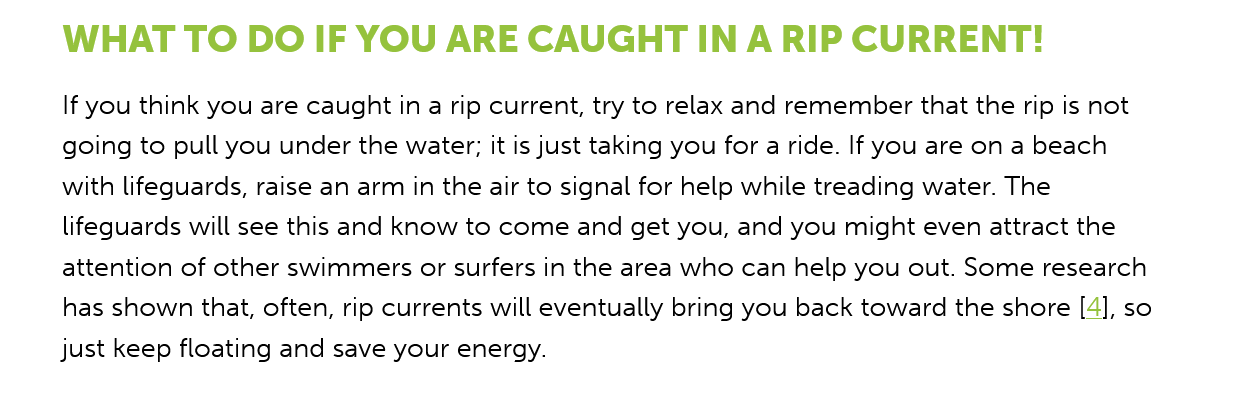
WHAT  TO    DO   IF YOU   ARE  CAUGHT    IN    A RIP  CURRENT!
     If you think you are caught in a rip current, try to relax and remember that the rip is not
     going to pull you under the water; it is just taking you for a ride. If you are on a beach
     with lifeguards, raise an arm in the air to signal for help while treading water. The
     lifeguards will see this and know to come and get you, and you might even attract the
     attention of other swimmers or surfers in the area who can help you out. Some research
     has shown that, often, rip currents will eventually bring you back toward the shore [4], so
     just keep floating and save your energy.